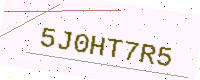
Text: 5J0HT7R5